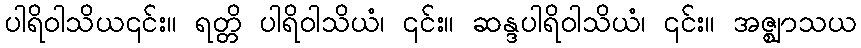
ပါရိဝါသိယ၎င်း။ ရတ္တိ ပါရိဝါသိယံ၊ ၎င်း။ ဆန္ဒပါရိဝါသိယံ၊ ၎င်း။ အဇ္ဈာသယ